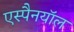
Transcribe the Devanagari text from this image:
एस्पैनयॉल